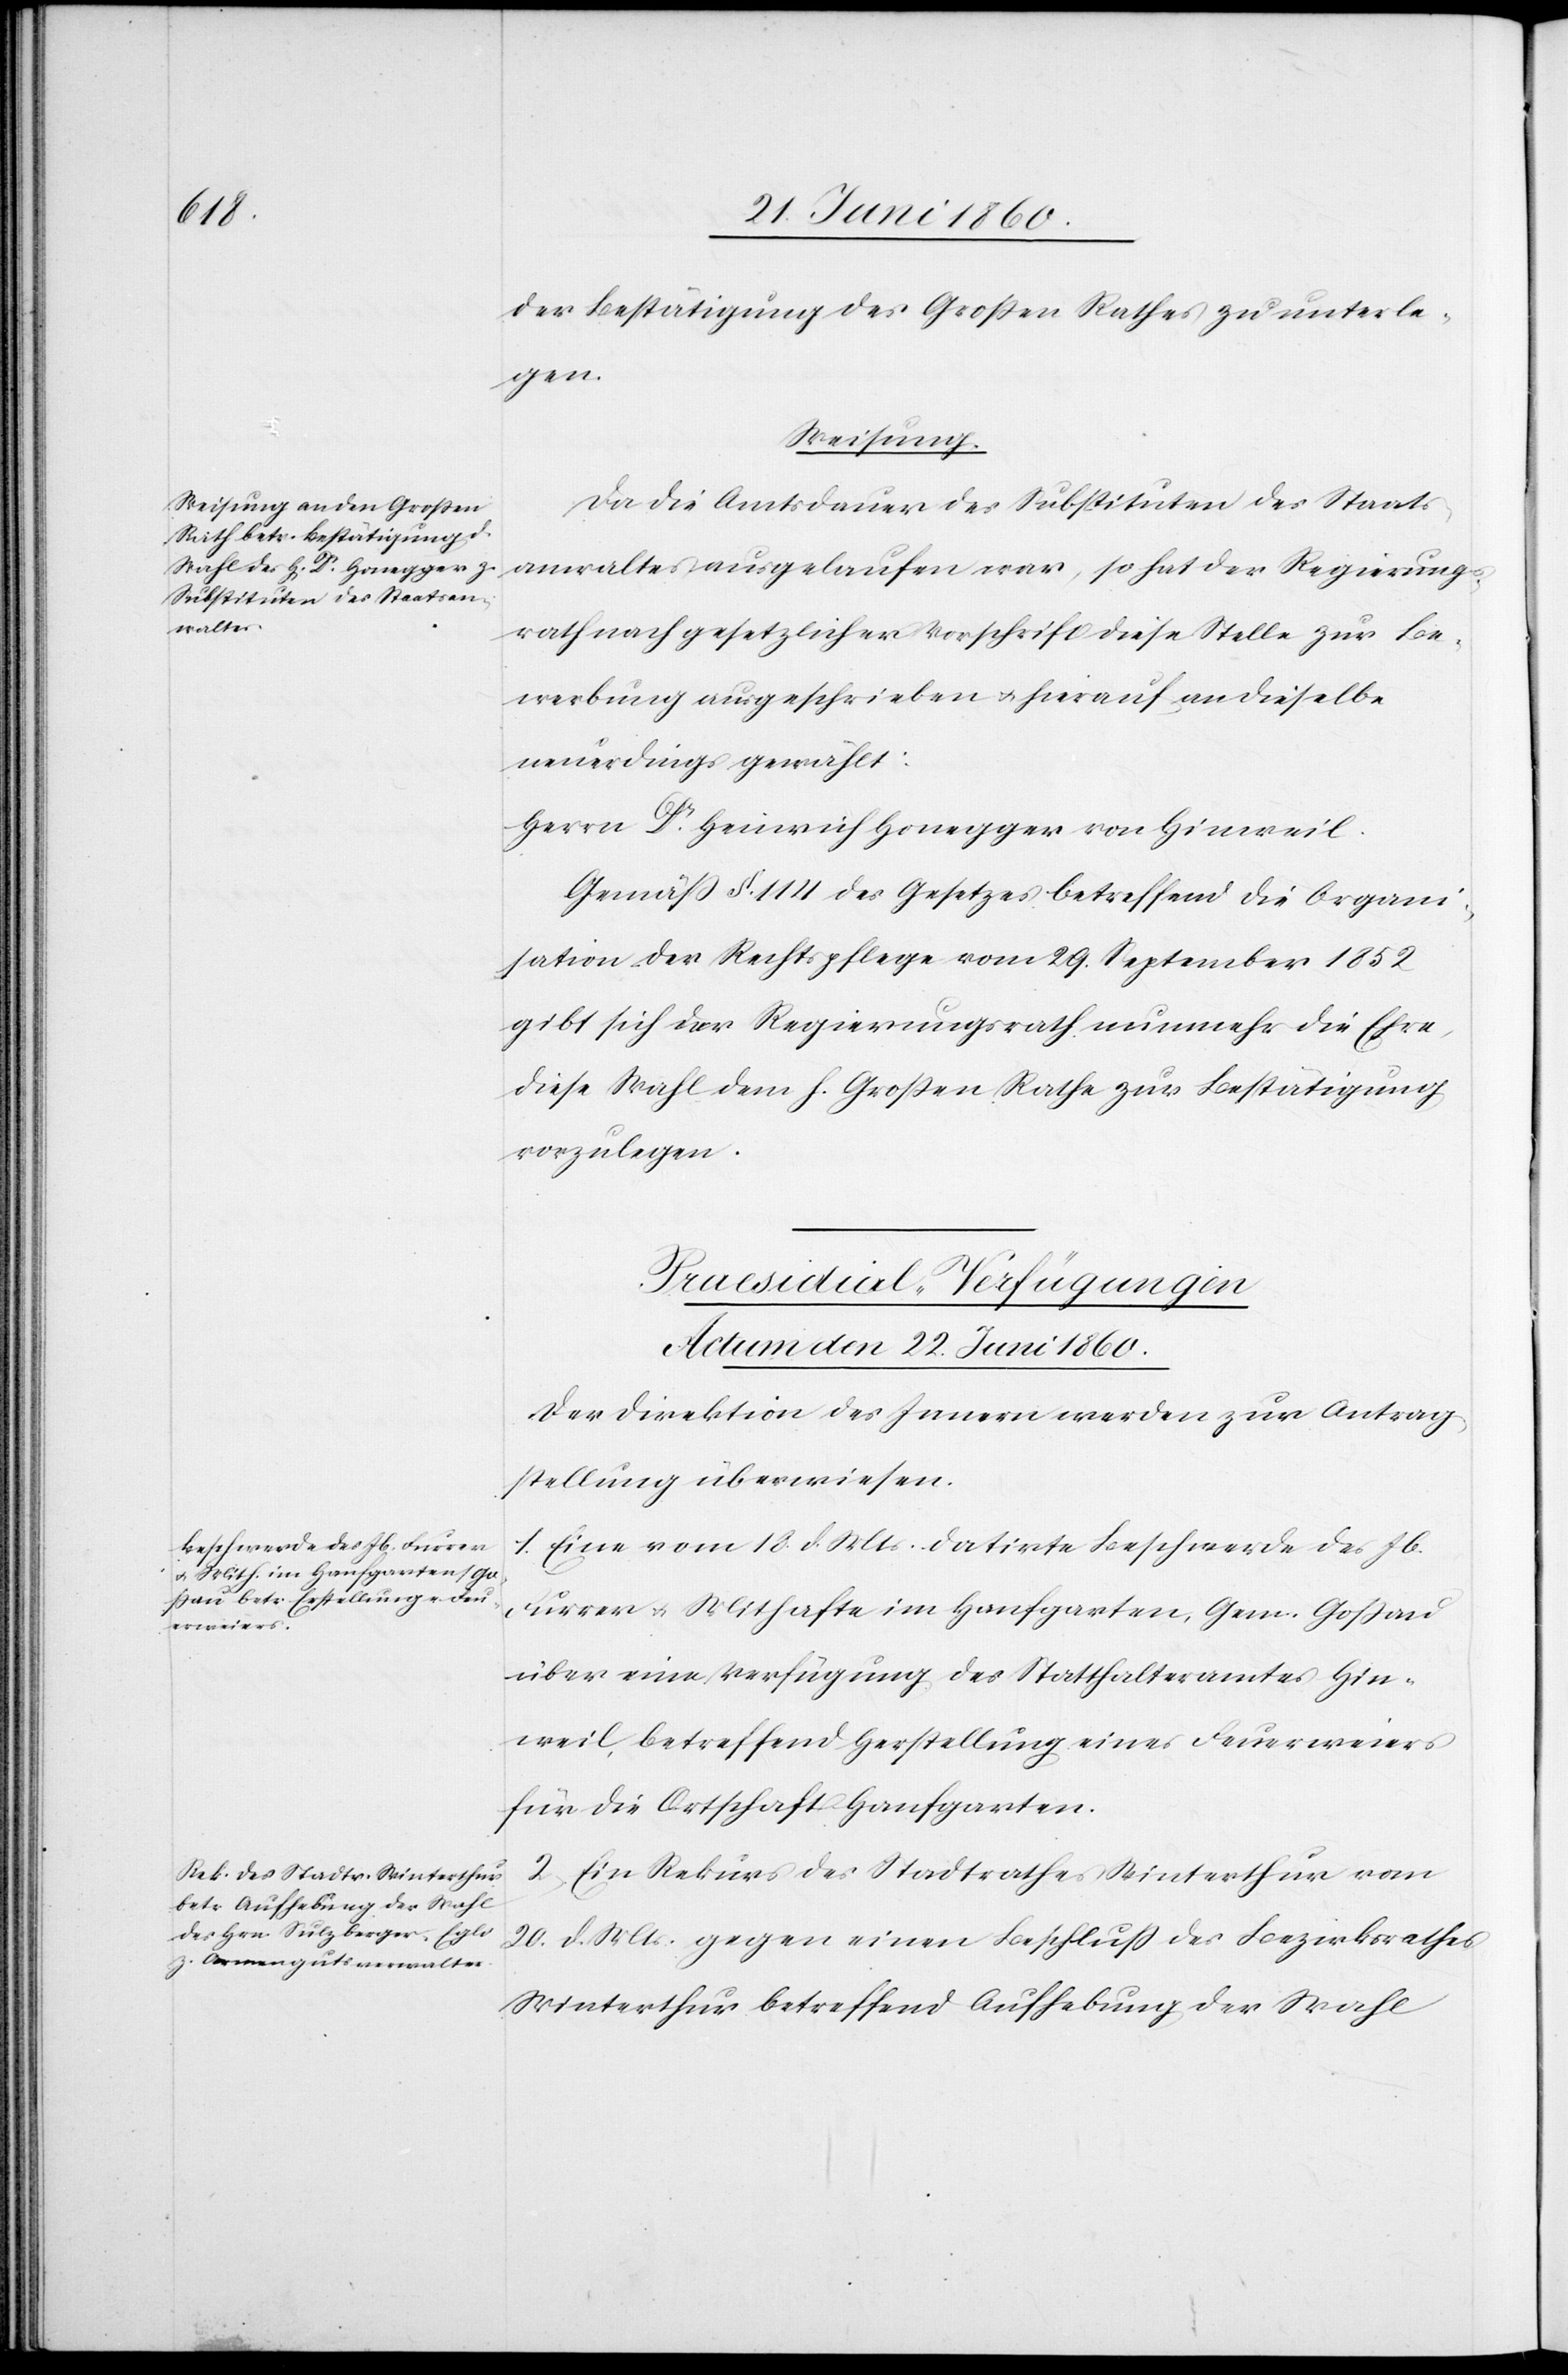
der Bestätigung des Grossen Rathes zu unterle¬
gen.
Weisung.
Da die Amtsdauer des Substituten des Staats¬
anwalts ausgelaufen war, so hat der Regierungs¬
rath nach gesetzlicher Vorschrift diese Stelle zur Be¬
werbung ausgeschrieben u. hierauf an dieselbe
neuerdings gewählt:
Herrn Dr Heinrich Honegger von Hinweil.
Gemäss §. 114 des Gesetzes betreffend die Organi¬
sation der Rechtspflege vom 29. September 1852
gibt sich der Regierungsrath nunmehr die Ehre,
diese Wahl dem h. Grossen Rathe zur Bestätigung
vorzulegen.
[Praesidial-Verfügungen
Actum den 22. Juni 1860.]
Der Direktion des Innern werden zur Antrag¬
stellung überwiesen.
1. Eine vom 18. d. Mts. datirte Beschwerde des Jb.
Furrer u. Mithafte in Hanfgarten, Gem. Gossau
über eine Verfügung des Statthalteramtes Hin¬
weil, betreffend Herstellung eines Feuerweiers
für die Ortschaft Hanfgarten.
2. Ein Rekurs des Stadtrathes Winterthur vom
20. d. Mts. gegen einen Beschluss des Bezirksrathes
Winterthur betreffend Aufhebung der Wahl